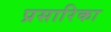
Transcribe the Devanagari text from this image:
प्रसारिका